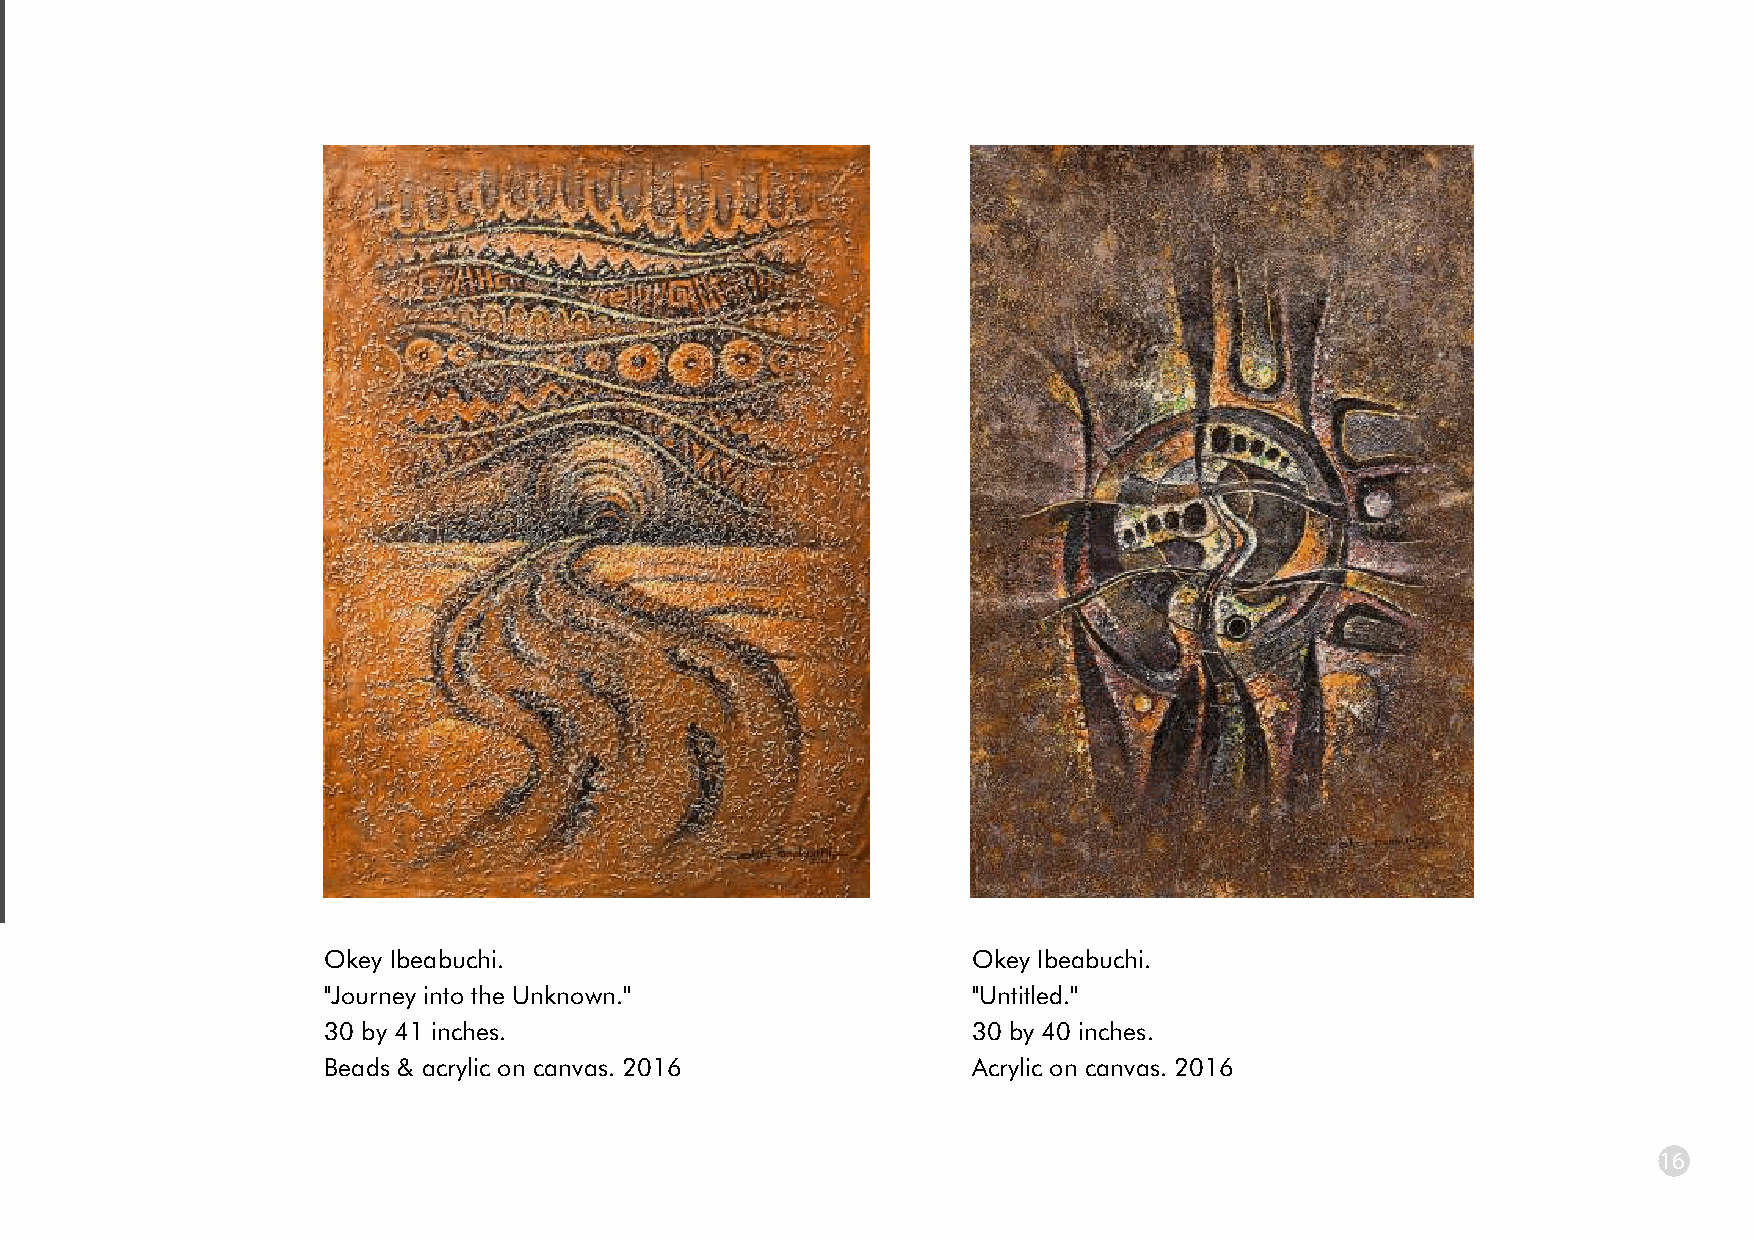
each and every one of its human creatures, something that has
 become increasingly fundamental in the gathering of human
 population and migration statistics.
 Compromise examines female elegance and sexuality,
 especially within the African context. The subject, a female
 dancer, is well ornamented in traditional Igbo regalia. The
 textured background works to add avor to a mix of acrylic
 and charcoal engagements on canvas. Traditional Igbo
 culture (just like many other cultures around the world)
 celebrates the female form through the highlighting of various
 bodily contours, and this is achieved by the painting of facial
 features and the ornamentation of protruding parts.
 In all, the purpose is to allure as well as transfix the audience,
 even as they move their bodies in most suggestive manners
 with great wit and poise.
 Obi Nwaegbe 5/16 Artist, Analyst
 Okey Ibeabuchi.      Okey Ibeabuchi.                            Okey Ibeabuchi.
 ''Affection.''       ''Journey into the Unknown.''              ''Untitled.''
 24 by 36 inches.     30 by 41 inches.                           30 by 40 inches.
 Charcoal & acrylic on canvas. Beads & acrylic on canvas. 2016   Acrylic on canvas. 2016
 16